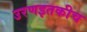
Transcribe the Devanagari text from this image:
उरणइतकीच